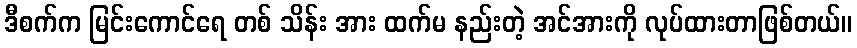
ဒီစက်က မြင်းကောင်ရေ တစ် သိန်း အား ထက်မ နည်းတဲ့ အင်အားကို လုပ်ထားတာဖြစ်တယ်။